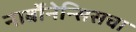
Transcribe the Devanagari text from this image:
नार्बोनेन्सिसचा